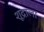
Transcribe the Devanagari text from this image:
शूद्राला